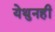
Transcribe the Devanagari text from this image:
येथुनही